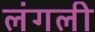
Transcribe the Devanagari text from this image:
लंगली